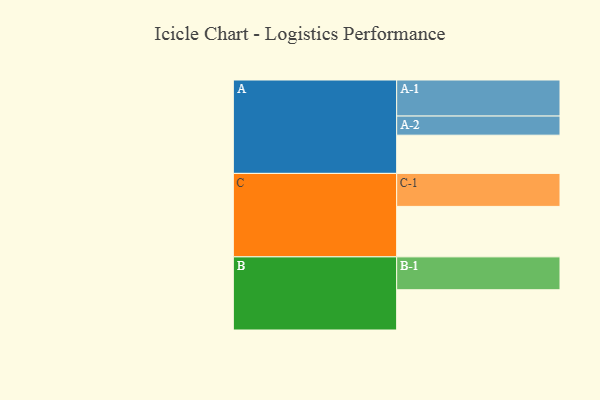
{"axis": {"x": "Segment", "y": "Value"}, "legend": ["", "A", "B", "C"], "data": [{"x": "A", "y": 300, "type": ""}, {"x": "B", "y": 316, "type": ""}, {"x": "C", "y": 396, "type": ""}, {"x": "A-1", "y": 283, "type": "A"}, {"x": "A-2", "y": 150, "type": "A"}, {"x": "B-1", "y": 258, "type": "B"}, {"x": "C-1", "y": 259, "type": "C"}]}